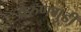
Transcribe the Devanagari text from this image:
पेरुणगुडी